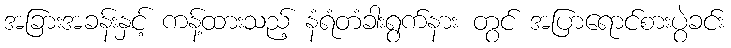
အခြားအခန်းနှင့် ကန့်ထားသည့် နံရံတံခါးရွက်နား တွင် အပြာရောင်စားပွဲခင်း